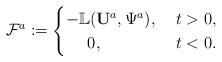
LaTeX: \begin{align*}\mathcal{F}^a:=\begin{cases}-\mathbb{L}({\mathbf U}^a,\Psi^a),\;&t>0,\\~~~~0,\;&t<0.\\\end{cases}\end{align*}